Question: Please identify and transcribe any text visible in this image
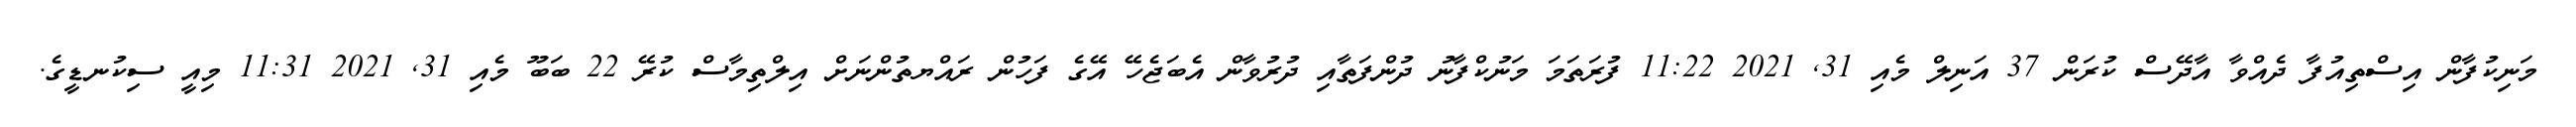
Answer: މަނިކުފާން އިސްތިއުފާ ދެއްވާ އާދޭސް ކުރަން 37 އަނިލް މެއި 31, 2021 11:22 ފުރަތަމަ މަނުކްފާނު ދުންފަތާއި ދުރުވާން އެބަޖެހޭ އޭގެ ފަހުން ރައްޔތުންނަށް އިލްތިމާސް ކުރޭ 22 ބަބޫ މެއި 31, 2021 11:31 މިއީ ސިކުނޑީގެ.